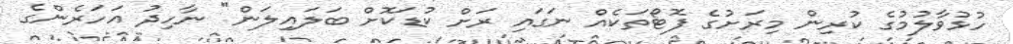
ހުޅުވާލުމުގެ ކުރިން މިރަށުގެ ފޮޓޯތަކެއް ނަގައި ރަށް ކުޑަކޮށް ބަލައިލަން" ނާހިދު އަހަރެންގެ